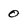
Character: 0